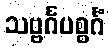
သဗ္ဗင်္ဂပစ္စင်္ဂံ